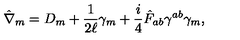
\hat { \nabla } _ { m } = D _ { m } + \frac { 1 } { 2 \ell } \gamma _ { m } + \frac { i } { 4 } \hat { F } _ { a b } \gamma ^ { a b } \gamma _ { m } ,